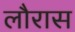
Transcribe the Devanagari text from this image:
लौरास